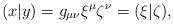
LaTeX: \begin{align*}(x|y)=g_{\mu \nu }\xi^\mu \zeta^\nu=(\xi |\zeta ),\end{align*}